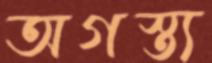
অগস্ত্য